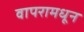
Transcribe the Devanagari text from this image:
वापरामधून